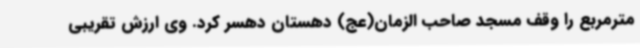
مترمربع را وقف مسجد صاحب الزمان(عج) دهستان دهسر کرد. وی ارزش تقریبی